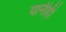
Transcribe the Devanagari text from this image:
यानीही